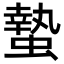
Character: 蟄